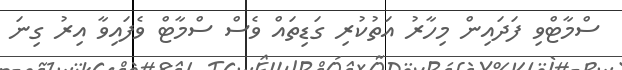
ސްމާޓްވި ފަދައިން މިހާރު އަތުކުރި ގަޑިތައް ވެސް ސްމާޓް ވެފައިވާ އިރު ގިނަ